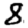
Digit: 8